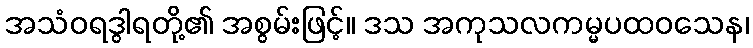
အသံဝရဒွါရတို့၏ အစွမ်းဖြင့်။ ဒသ အကုသလကမ္မပထဝသေန၊